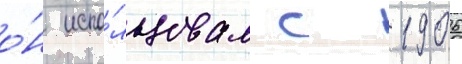
о́н испо́льзовал с 1906